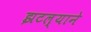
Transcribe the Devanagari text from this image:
झटल्याने